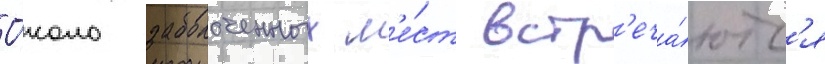
О́коло заболоченных м'е́ст встр'еча́ютс'я